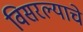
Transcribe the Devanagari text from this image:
विसरल्याचे